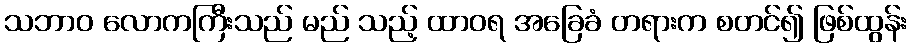
သဘာဝ လောကကြီးသည် မည် သည့် ထာဝရ အခြေခံ တရားက စတင်၍ ဖြစ်ထွန်း